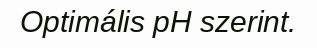
Optimális pH szerint.